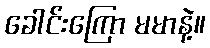
ခေါင်းကြော မမာနဲ့။